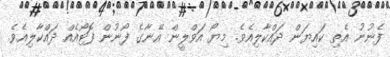
ފެނުނު އެތި ކައިޔަން ދައްކާލިއެވެ. މިޔޯ އަވްލީން އޭނާގެ ފޯނުން ފޮޓޯއެއް ދައްކާލިއެވެ.